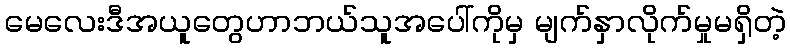
မေလေးဒီအယူတွေဟာဘယ်သူအပေါ်ကိုမှ မျက်နှာလိုက်မှုမရှိတဲ့